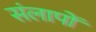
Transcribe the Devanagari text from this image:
संलापों